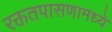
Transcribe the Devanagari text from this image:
रक्ततपासणामध्ये